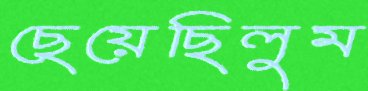
ছেয়েছিলুম